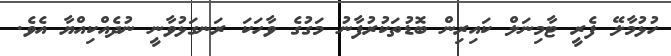
ހުޅުމާލޭ ފެރީ ޓާމިނަލް ކައިރިން ބޮޑުތަކުރުފާނު މަގުގެ ވާހަކަ ރަނގަޅުވާނީ ނުދެއްކިއްޔާ އެވެ.